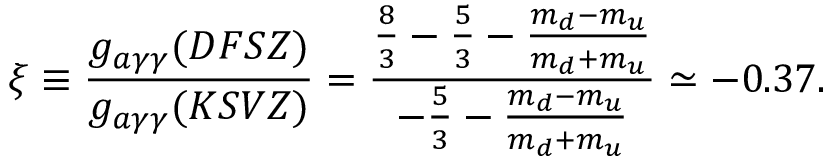
\xi \equiv \frac { g _ { a \gamma \gamma } ( D F S Z ) } { g _ { a \gamma \gamma } ( K S V Z ) } = \frac { \frac { 8 } { 3 } - \frac { 5 } { 3 } - \frac { m _ { d } - m _ { u } } { m _ { d } + m _ { u } } } { - \frac { 5 } { 3 } - \frac { m _ { d } - m _ { u } } { m _ { d } + m _ { u } } } \simeq - 0 . 3 7 .